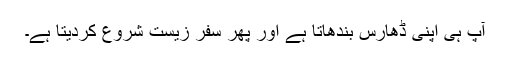
آپ ہی اپنی ڈھارس بندھاتا ہے اور پھر سفر زیست شروع کردیتا ہے۔